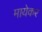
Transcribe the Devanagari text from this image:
मायेकर